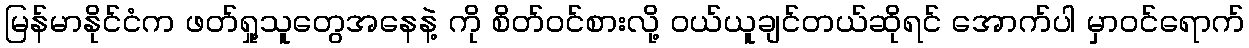
မြန်မာနိုင်ငံက ဖတ်ရှု့သူတွေအနေနဲ့ ကို စိတ်ဝင်စားလို့ ဝယ်ယူချင်တယ်ဆိုရင် အောက်ပါ မှာဝင်ရောက်